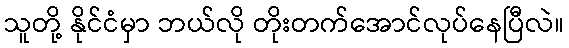
သူတို့ နိုင်ငံမှာ ဘယ်လို တိုးတက်အောင်လုပ်နေပြီလဲ။